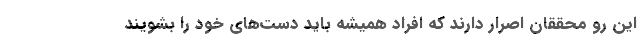
این رو محققان اصرار دارند که افراد همیشه باید دست‌های خود را بشویند